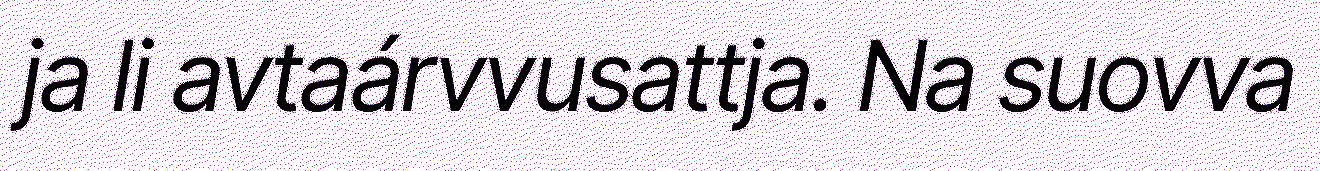
ja li avtaárvvusattja. Na suovva